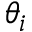
\theta _ { i }